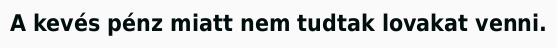
A kevés pénz miatt nem tudtak lovakat venni.